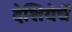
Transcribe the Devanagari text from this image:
देशियेचें